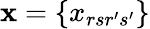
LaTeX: \mathbf{x}=\{ x_{rsr^{\prime}s^{\prime}}\}